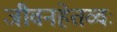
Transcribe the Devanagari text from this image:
जीवनहेतव्वः